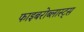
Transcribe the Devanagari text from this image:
फाइबरोब्लास्ट्स